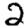
Digit: 2